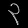
Digit: ၃